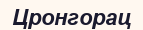
Цронгорац